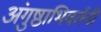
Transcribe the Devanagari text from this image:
अंगुष्ठाभिवर्तनी